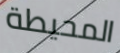
المحيطة